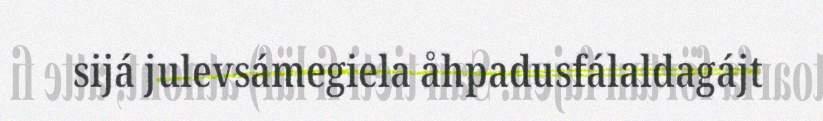
sijá julevsámegiela åhpadusfálaldagájt